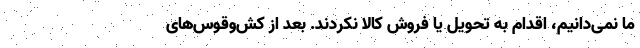
ما نمی‌دانیم، اقدام به تحویل یا فروش کالا نکردند. بعد از کش‌وقوس‌های